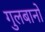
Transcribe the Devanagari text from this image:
गुलबानो